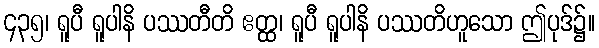
၄၃၅၊ ရူပီ ရူပါနိ ပဿတီတိ ဧတ္ထ၊ ရူပီ ရူပါနိ ပဿတိဟူသော ဤပုဒ်၌။